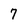
Character: 7